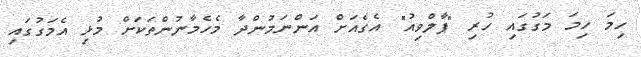
ހިމަ ހިމަ މަގުގައި ހުރި "ޕާލްވިއު" އެގެއަށް އަންނަމުންދާ މެހެމާނުންތަކަށް މުޅި އެމަގުގައި